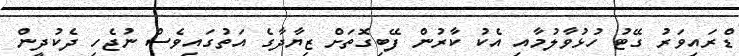
ޑްރައިވަރު ގޭޓު ހުޅުވާލުމާއި އެކު ކާރުން ފޭބިގޮތަށް ޒިޔާދާގެ އަތުގައިވެސް ނުޖެހި ދެކުދީން